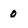
Character: 0